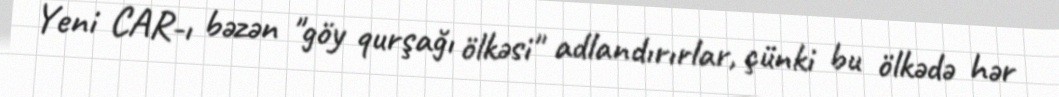
Yeni CAR-ı bəzən "göy qurşağı ölkəsi" adlandırırlar, çünki bu ölkədə hər